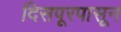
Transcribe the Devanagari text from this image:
दिसपूरपासून